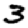
Digit: 3